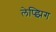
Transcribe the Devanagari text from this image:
लेप्झिग